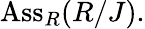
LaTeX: \mathrm{Ass}_{R}(R/J).